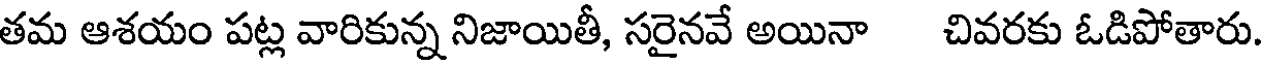
తమ ఆశయం పట్ల వారికున్న నిజాయితీ, సరైనవే అయినా చివరకు ఓడిపోతారు